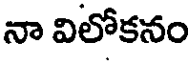
నా విలోకనం